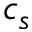
c _ { s }